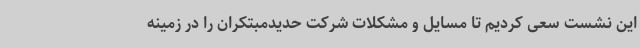
این نشست سعی کردیم تا مسایل و مشکلات شرکت حدیدمبتکران را در زمینه